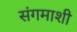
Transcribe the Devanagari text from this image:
संगमाशी